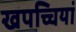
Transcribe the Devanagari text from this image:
खपच्चियां